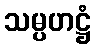
သမ္ပဟဋ္ဌံ